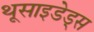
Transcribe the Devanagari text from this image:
थूसाइडेड्स